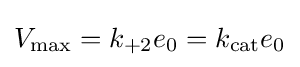
V_{\mathrm {max} }=k_{+2}e_{0}=k_{\mathrm {cat} }e_{0}